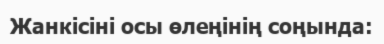
Жанкісіні осы өлеңінің соңында: